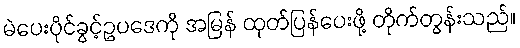
မဲပေးပိုင်ခွင့်ဥပဒေကို အမြန် ထုတ်ပြန်ပေးဖို့ တိုက်တွန်းသည်။